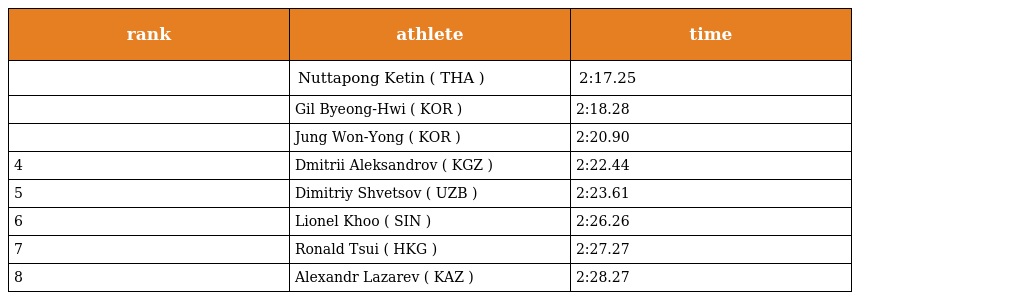
| rank | athlete | time |
 | --- | --- | --- |
 |  | Nuttapong Ketin ( THA ) | 2:17.25 |
 |  | Gil Byeong-Hwi ( KOR ) | 2:18.28 |
 |  | Jung Won-Yong ( KOR ) | 2:20.90 |
 | 4 | Dmitrii Aleksandrov ( KGZ ) | 2:22.44 |
 | 5 | Dimitriy Shvetsov ( UZB ) | 2:23.61 |
 | 6 | Lionel Khoo ( SIN ) | 2:26.26 |
 | 7 | Ronald Tsui ( HKG ) | 2:27.27 |
 | 8 | Alexandr Lazarev ( KAZ ) | 2:28.27 |